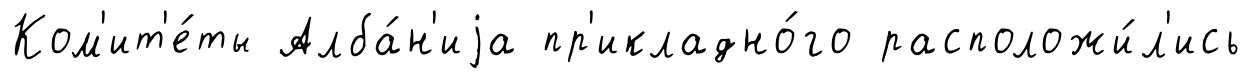
Ком'ит'е́ты Алба́н'иjа пр'икладно́го расположи́л'ись